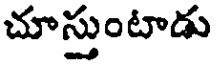
చూస్తుంటాడు